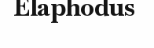
Elaphodus